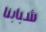
شبابنا